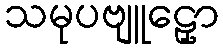
သမုပဗျူဠှော